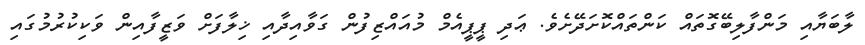
ލާބަޔާއި މަންފާލިބޭގޮތައް ކަންތަައްކޮށަދޭށެވެ. ޢަދި ޕީޕީއެމް މުއައްޒިފުން ގަވާއިދާއި ޚިލާފަށް ވަޒީފާއިން ވަކިކުރުމުގައި